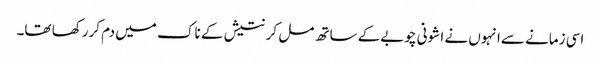
اسی زمانے سےانہوں نے ا شونی چوبےکے ساتھ مل کر نتیش کے ناک میں دم کررکھا تھا۔